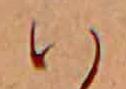
ハ